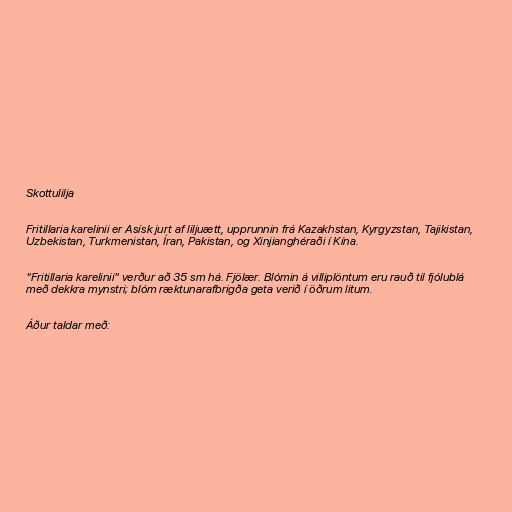
Skottulilja

Fritillaria karelinii er Asísk jurt af liljuætt, upprunnin frá Kazakhstan, Kyrgyzstan, Tajikistan,
Uzbekistan, Turkmenistan, Íran, Pakistan, og Xinjianghéraði í Kína.

"Fritillaria karelinii" verður að 35 sm há. Fjölær. Blómin á villiplöntum eru rauð til fjólublá
með dekkra mynstri; blóm ræktunarafbrigða geta verið í öðrum litum.

Áður taldar með: